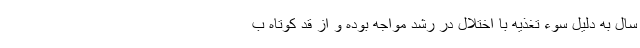
سال به دلیل سوء تغذیه با اختلال در رشد مواجه بوده و از قد کوتاه ب